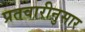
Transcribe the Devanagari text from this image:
प्रतवारीनुसार